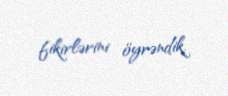
fikirlərini öyrəndik.